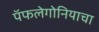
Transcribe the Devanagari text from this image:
पॅफलेगोनियाचा